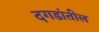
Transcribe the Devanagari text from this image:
दगडांतील